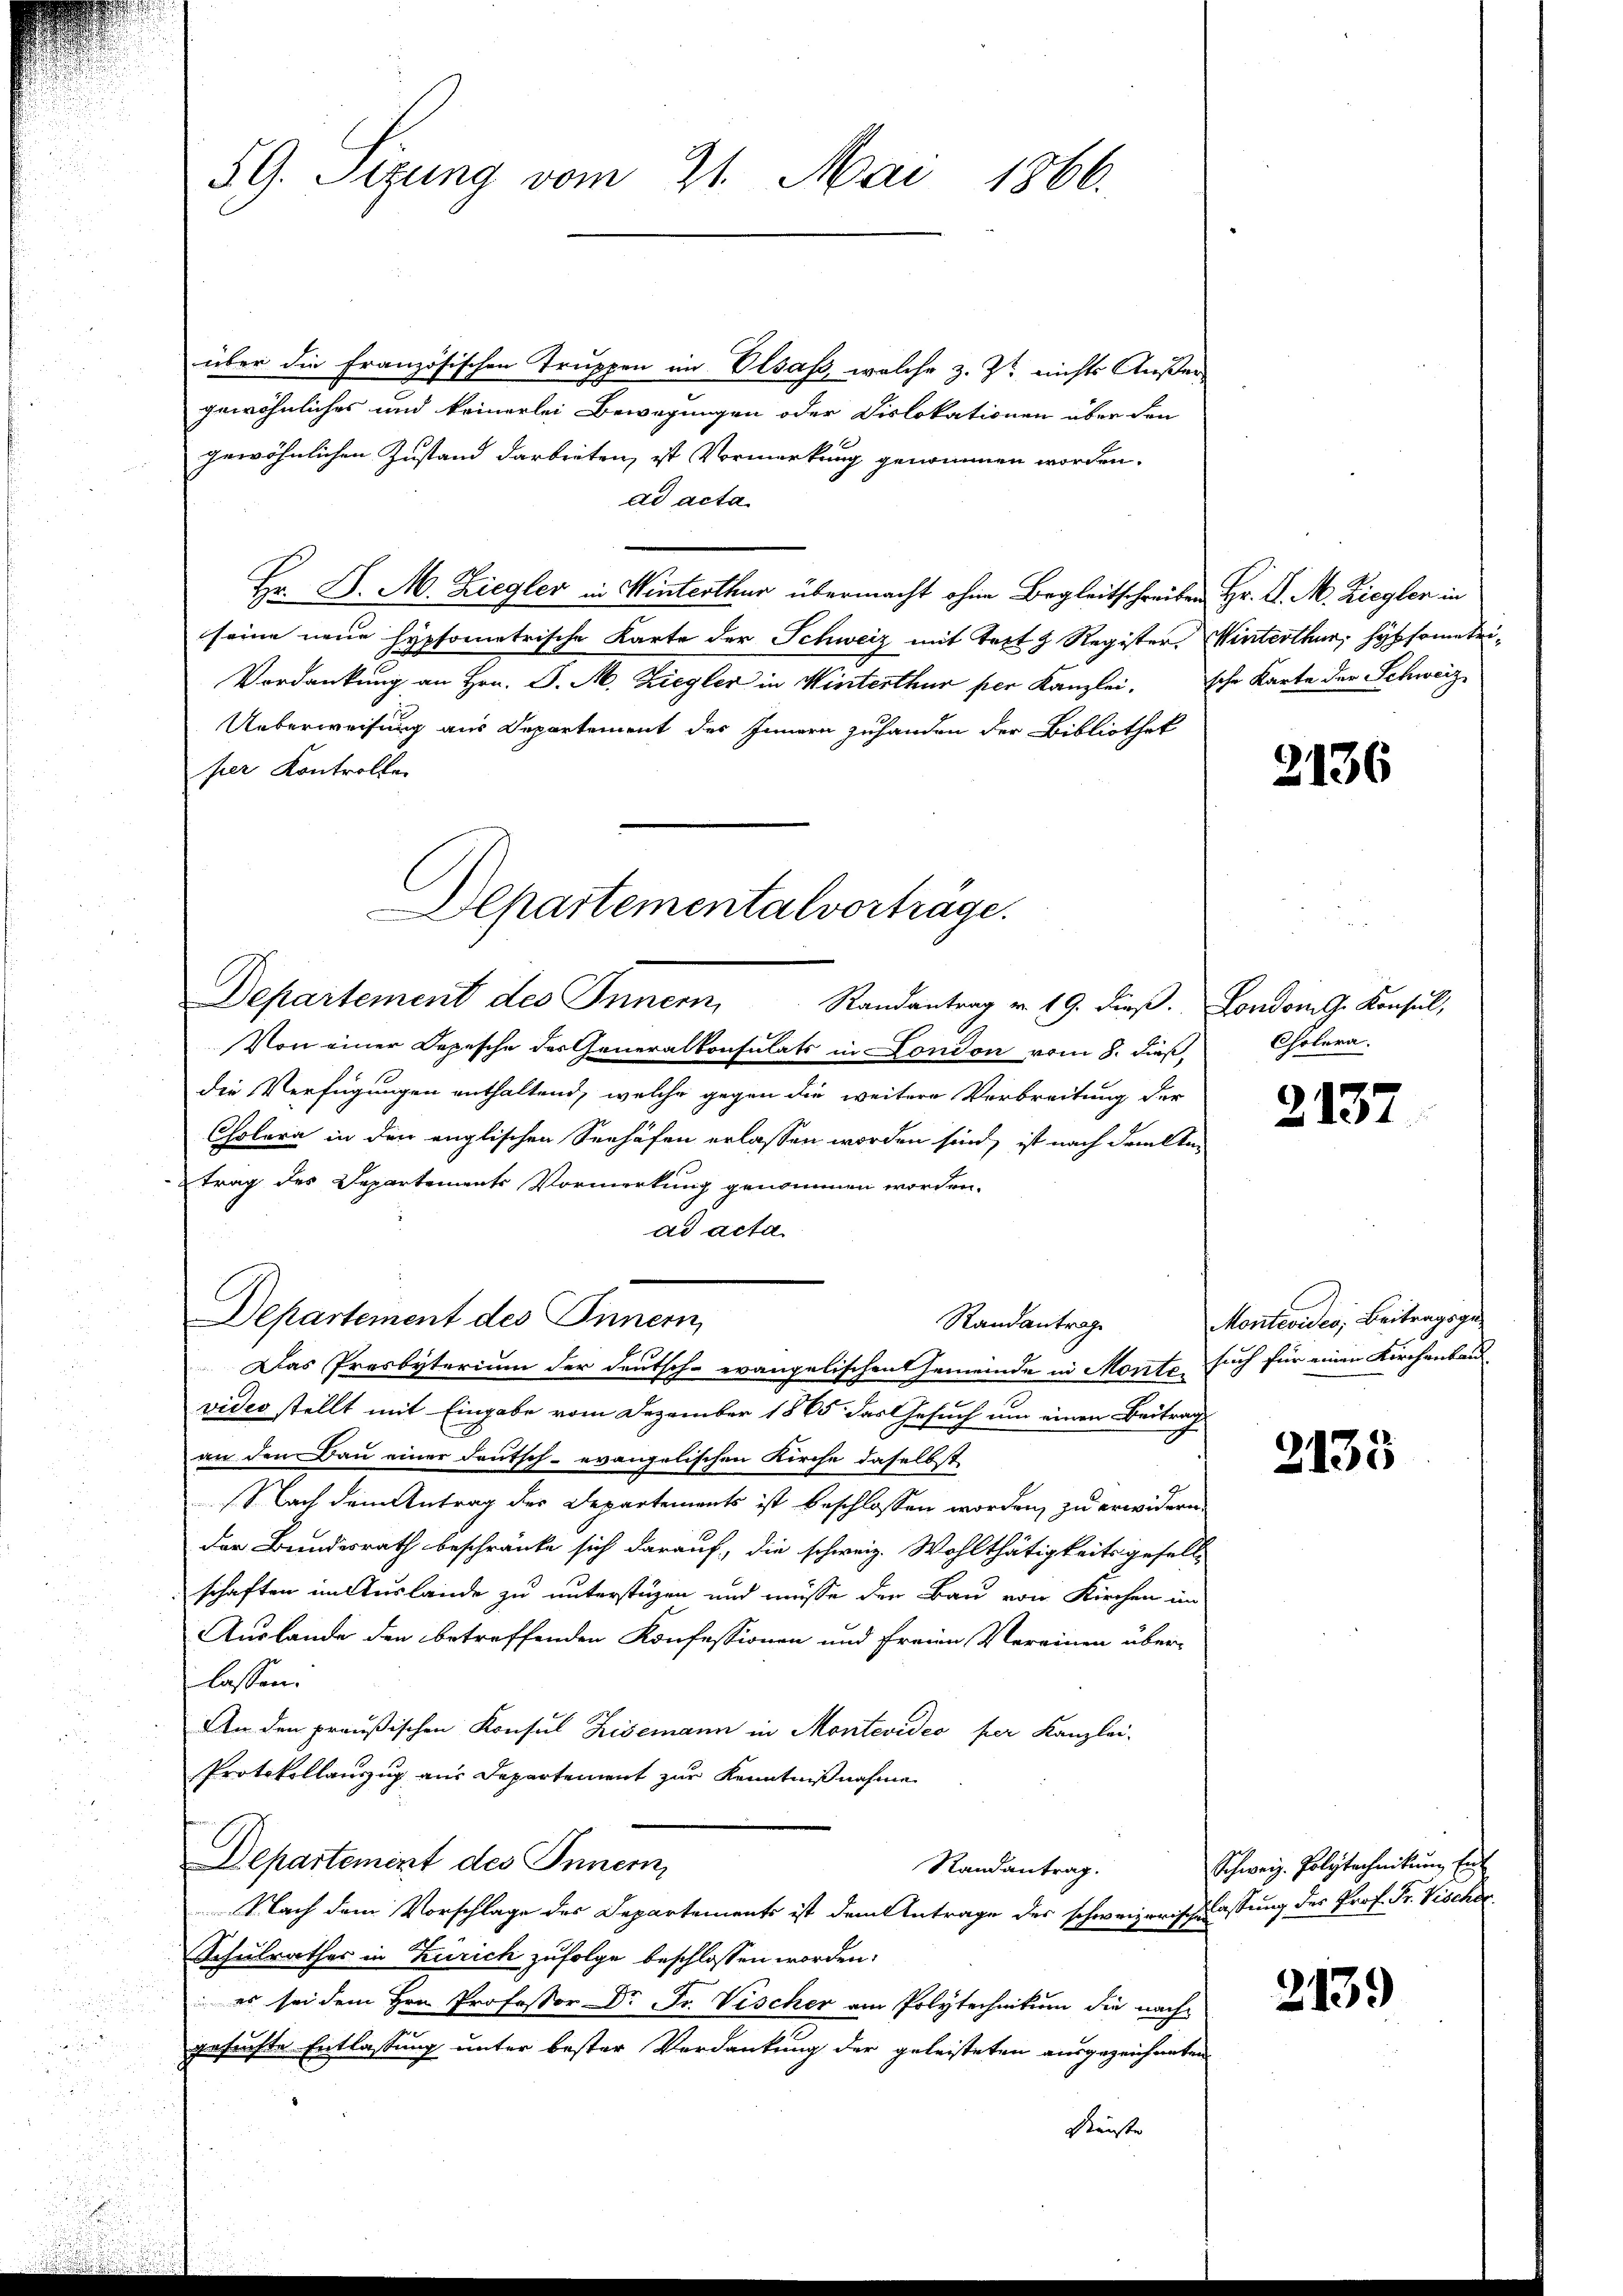
59. Sitzung vom 21. Mai 1866.

über die Französischen Truppen im Elsass, welche z. Zt. nichts Außer-
gewöhnliches und keinerlei Bewegungen oder Dislokationen über den
gewöhnlichen Zustand darbieten, ist Vormerkung genommen worden.
dd acta
Hr. P. M. Ziegler in Winterthur übermacht ohne Begleitschreiben Hr. D. M. Ziegler in
seine neue Hypfometrische Karte der Schweiz mit Text z Register Winterthur, Hybsometri¬
Verdankung an Hrn. J. M. Ziegler in Winterthur per Kanzlei. Iche Karte der Schweiz
Ueberweisung aus Departement des Innern zuhanden der Bibliothek
hier Kontrollen
Von einer Depesche der Generalkonsulats in London vom 8. dieß,
die Verfügungen enthaltend, welche gegen die weitere Verbreitung der
Cholera in den englischen Seehäfen erlassen worden sind, ist nach dritte
trag des Departements Vormerkung genommen worden.
ad acta
Departement des Innern,
Randantrage
Das Presbyterium der deutsche evangelischen Gemeinde in Monto such für einen Kirchenbau
vides stellt mit Eingabe vom Dezember 1865 das Gesuch um einen Beitrag
an den Bau einer deutsch-evangelischen Kirche daselbst,
Nach dem Antrag der Departements ist beschlossen worden, zu erwidern.
der Bundesrath beschränke sich darauf, die schweiz. Wohlthätigkeitsgesell-
schaften im Auslände zu unterstüzen und müsse der Bau von Kirchen im
Auslande den betreffenden Konfessionen und Freien Vereinen über-
lassen.
An den preußischen Konsul Risemann in Montevideo per Kanzlei-
Protokollauszug aus Departement zur Kenntnißnahme
Departement des Innern,
Randantrag.
Nach dem Vorschlage des Departements ist dem Antrage des schweizerischlassung des Prof. Fr. Vischec
Schulrathes in Zürich zufolge beschlossen worden:
 es sei dem Hrn. Professor Dr. Fr. Vischer am Polytechnikum die nach-
gesuchte Entlassung unter bester Verdankung der geleisteten ausgezeichneten
Künste

Departementalvorträge.
Departement des Innern,
Randantrag v. 19. dieß. Londom g. Konsul,

2136

Cholera.

2137

Montevides; Beitragsge¬

2135

Schweiz. Polytechnikum Ent

2139